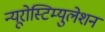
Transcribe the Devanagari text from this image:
न्यूरोस्टिम्युलेशन